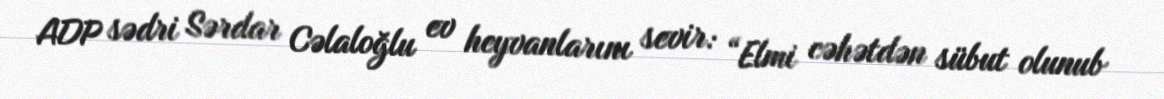
ADP sədri Sərdar Cəlaloğlu ev heyvanlarını sevir: “Elmi cəhətdən sübut olunub